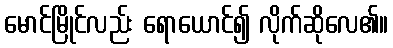
မောင်မြိုင်လည်း ရောယောင်၍ လိုက်ဆိုလေ၏။